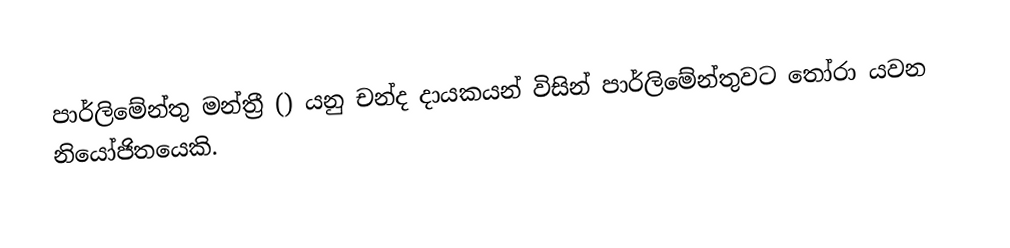
පාර්ලිමේන්තු මන්ත්‍රී () යනු චන්ද දායකයන් විසින් පාර්ලිමේන්තුවට තෝරා යවන නියෝජිතයෙකි.